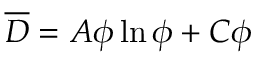
\overline { { D } } = A \phi \ln \phi + C \phi